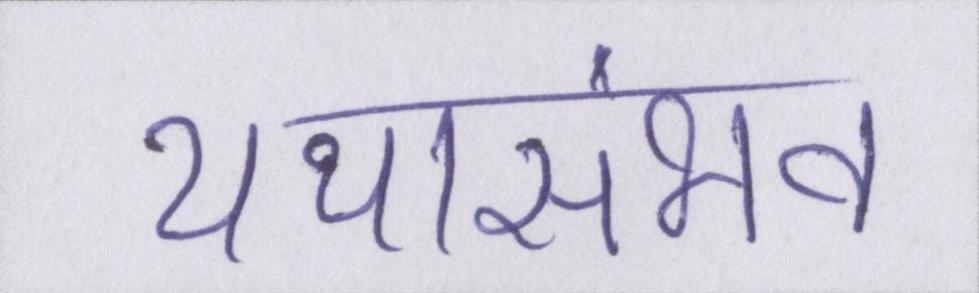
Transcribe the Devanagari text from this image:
यथासंभव